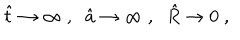
LaTeX: \hat { t } \to \infty \; , \; \; \hat { a } \to \infty \; , \; \; \hat { R } \to 0 \; ,